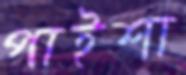
পাইশা